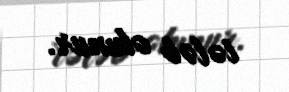
tələb olunur.